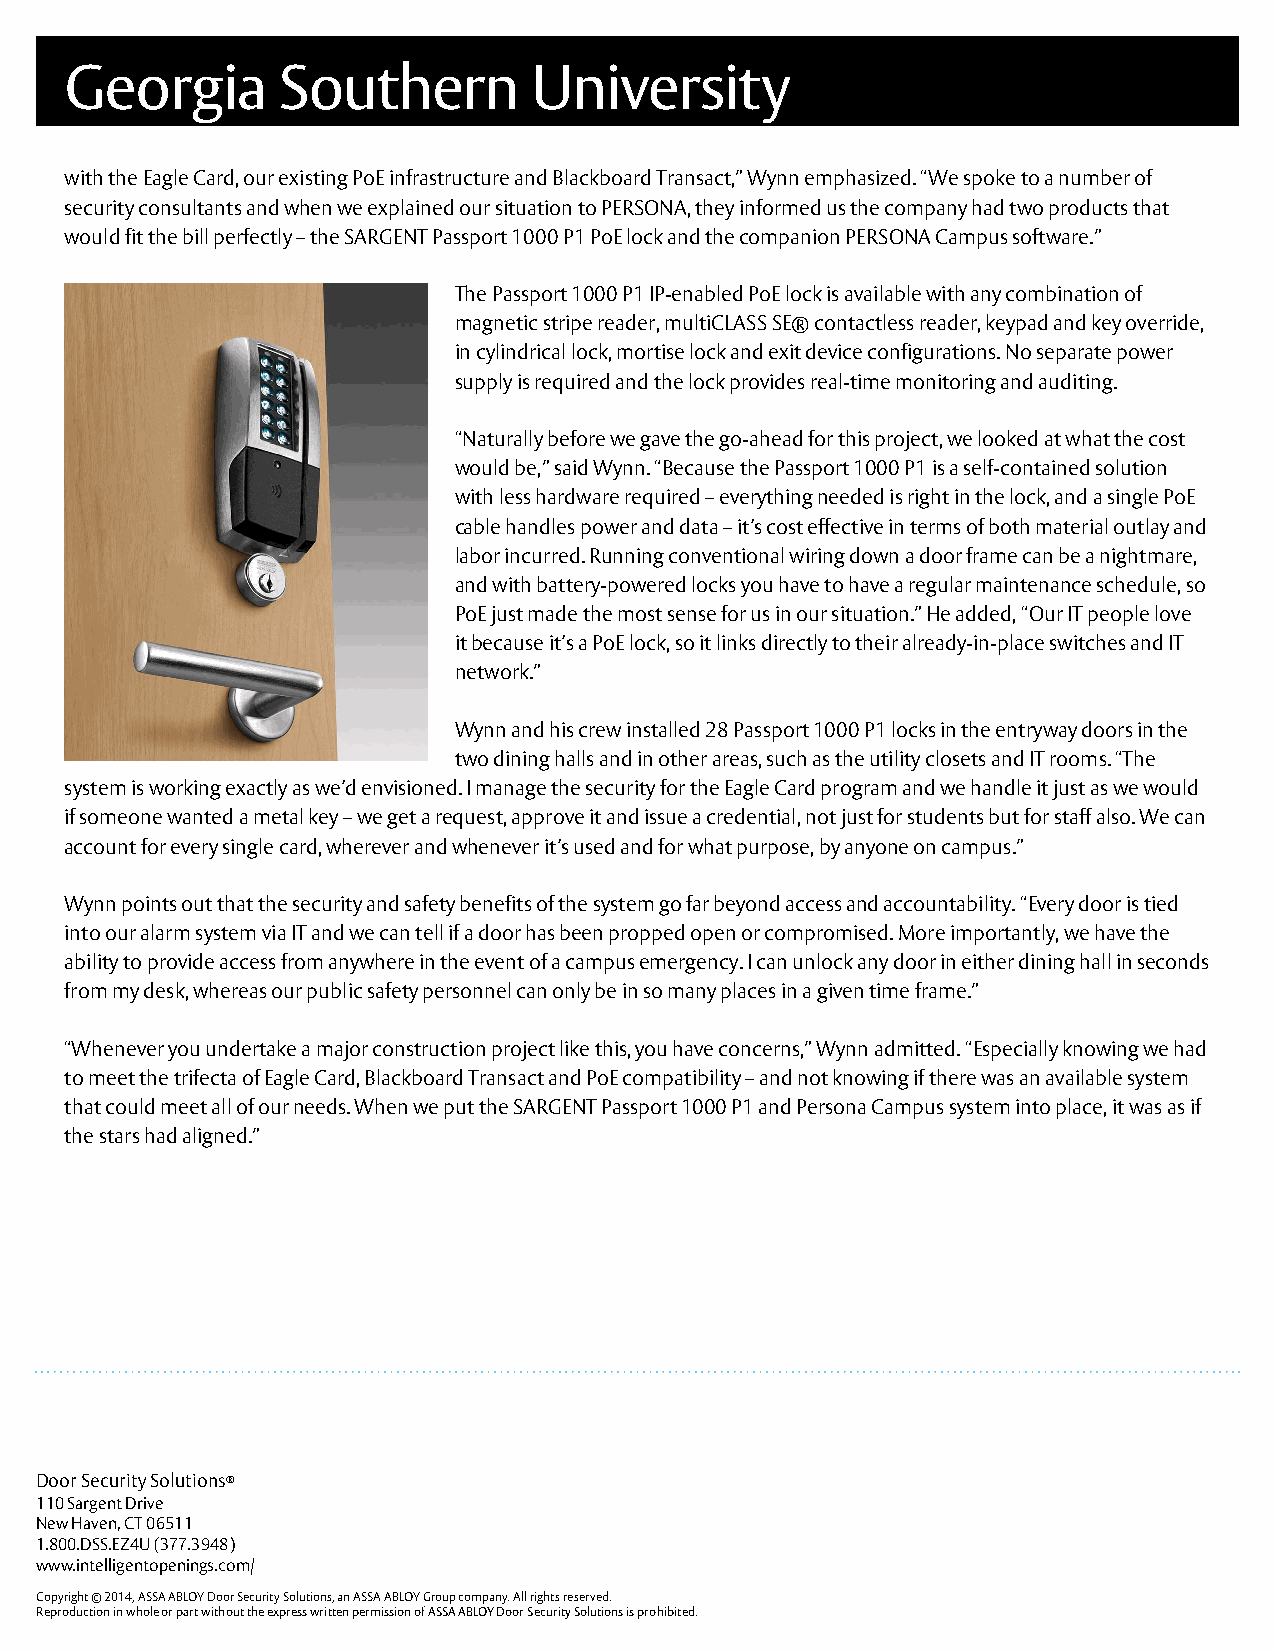
Georgia       Southern         University
 with the Eagle Card, our existing PoE infrastructure and Blackboard Transact,” Wynn emphasized. “We spoke to a number of
 security consultants and when we explained our situation to PERSONA, they informed us the company had two products that
 would fit the bill perfectly – the SARGENT Passport 1000 P1 PoE lock and the companion PERSONA Campus software.”
 The Passport 1000 P1 IP-enabled PoE lock is available with any combination of
 magnetic stripe reader, multiCLASS SE® contactless reader, keypad and key override,
 in cylindrical lock, mortise lock and exit device configurations. No separate power
 supply is required and the lock provides real-time monitoring and auditing.
 “Naturally before we gave the go-ahead for this project, we looked at what the cost
 would be,” said Wynn. “Because the Passport 1000 P1 is a self-contained solution
 with less hardware required – everything needed is right in the lock, and a single PoE
 cable handles power and data – it’s cost effective in terms of both material outlay and
 labor incurred. Running conventional wiring down a door frame can be a nightmare,
 and with battery-powered locks you have to have a regular maintenance schedule, so
 PoE just made the most sense for us in our situation.” He added, “Our IT people love
 it because it’s a PoE lock, so it links directly to their already-in-place switches and IT
 network.”
 Wynn and his crew installed 28 Passport 1000 P1 locks in the entryway doors in the
 two dining halls and in other areas, such as the utility closets and IT rooms. “The
 system is working exactly as we’d envisioned. I manage the security for the Eagle Card program and we handle it just as we would
 if someone wanted a metal key – we get a request, approve it and issue a credential, not just for students but for staff also. We can
 account for every single card, wherever and whenever it’s used and for what purpose, by anyone on campus.”
 Wynn points out that the security and safety benefits of the system go far beyond access and accountability. “Every door is tied
 into our alarm system via IT and we can tell if a door has been propped open or compromised. More importantly, we have the
 ability to provide access from anywhere in the event of a campus emergency. I can unlock any door in either dining hall in seconds
 from my desk, whereas our public safety personnel can only be in so many places in a given time frame.”
 “Whenever you undertake a major construction project like this, you have concerns,” Wynn admitted. “Especially knowing we had
 to meet the trifecta of Eagle Card, Blackboard Transact and PoE compatibility – and not knowing if there was an available system
 that could meet all of our needs. When we put the SARGENT Passport 1000 P1 and Persona Campus system into place, it was as if
 the stars had aligned.”
 Door Security Solutions®
 110 Sargent Drive
 New Haven, CT 06511
 1.800.DSS.EZ4U (377.3948)
 www.intelligentopenings.com/
 Copyright © 2014, ASSA ABLOY Door Security Solutions, an ASSA ABLOY Group company. All rights reserved.
 Reproduction in whole or part without the express written permission of ASSA ABLOY Door Security Solutions is prohibited.